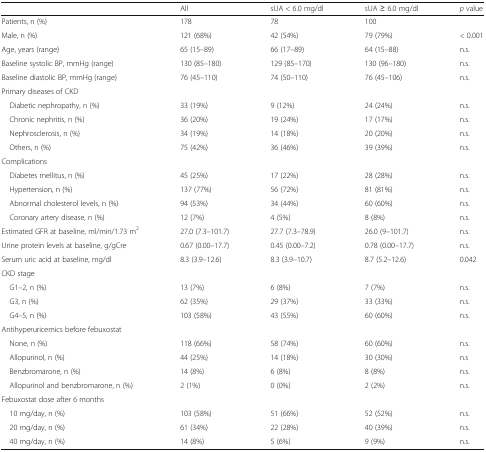
<table><thead><tr><td></td><td><b>All</b></td><td><b>sUA &lt; 6.0 mg/dl</b></td><td><b>sUA ≥ 6.0 mg/dl</b></td><td><b><i>p</i> value</b></td></tr></thead><tbody><tr><td>Patients, n (%)</td><td>178</td><td>78</td><td>100</td><td></td></tr><tr><td>Male, n (%)</td><td>121 (68%)</td><td>42 (54%)</td><td>79 (79%)</td><td>&lt; 0.001</td></tr><tr><td>Age, years (range)</td><td>65 (15–89)</td><td>66 (17–89)</td><td>64 (15–88)</td><td>n.s.</td></tr><tr><td>Baseline systolic BP, mmHg (range)</td><td>130 (85–180)</td><td>129 (85–170)</td><td>130 (96–180)</td><td>n.s.</td></tr><tr><td>Baseline diastolic BP, mmHg (range)</td><td>76 (45–110)</td><td>74 (50–110)</td><td>76 (45–106)</td><td>n.s.</td></tr><tr><td colspan="5">Primary diseases of CKD</td></tr><tr><td> Diabetic nephropathy, n (%)</td><td>33 (19%)</td><td>9 (12%)</td><td>24 (24%)</td><td>n.s.</td></tr><tr><td> Chronic nephritis, n (%)</td><td>36 (20%)</td><td>19 (24%)</td><td>17 (17%)</td><td>n.s.</td></tr><tr><td> Nephrosclerosis, n (%)</td><td>34 (19%)</td><td>14 (18%)</td><td>20 (20%)</td><td>n.s.</td></tr><tr><td> Others, n (%)</td><td>75 (42%)</td><td>36 (46%)</td><td>39 (39%)</td><td>n.s.</td></tr><tr><td colspan="5">Complications</td></tr><tr><td> Diabetes mellitus, n (%)</td><td>45 (25%)</td><td>17 (22%)</td><td>28 (28%)</td><td>n.s.</td></tr><tr><td> Hypertension, n (%)</td><td>137 (77%)</td><td>56 (72%)</td><td>81 (81%)</td><td>n.s.</td></tr><tr><td> Abnormal cholesterol levels, n (%)</td><td>94 (53%)</td><td>34 (44%)</td><td>60 (60%)</td><td>n.s.</td></tr><tr><td> Coronary artery disease, n (%)</td><td>12 (7%)</td><td>4 (5%)</td><td>8 (8%)</td><td>n.s.</td></tr><tr><td>Estimated GFR at baseline, ml/min/1.73 m<sup>2</sup></td><td>27.0 (7.3–101.7)</td><td>27.7 (7.3–78.9)</td><td>26.0 (9–101.7)</td><td>n.s.</td></tr><tr><td>Urine protein levels at baseline, g/gCre</td><td>0.67 (0.00–17.7)</td><td>0.45 (0.00–7.2)</td><td>0.78 (0.00–17.7)</td><td>n.s.</td></tr><tr><td>Serum uric acid at baseline, mg/dl</td><td>8.3 (3.9–12.6)</td><td>8.3 (3.9–10.7)</td><td>8.7 (5.2–12.6)</td><td>0.042</td></tr><tr><td colspan="5">CKD stage</td></tr><tr><td> G1–2, n (%)</td><td>13 (7%)</td><td>6 (8%)</td><td>7 (7%)</td><td>n.s.</td></tr><tr><td> G3, n (%)</td><td>62 (35%)</td><td>29 (37%)</td><td>33 (33%)</td><td>n.s.</td></tr><tr><td> G4–5, n (%)</td><td>103 (58%)</td><td>43 (55%)</td><td>60 (60%)</td><td>n.s.</td></tr><tr><td colspan="5">Antihyperuricemics before febuxostat</td></tr><tr><td> None, n (%)</td><td>118 (66%)</td><td>58 (74%)</td><td>60 (60%)</td><td>n.s.</td></tr><tr><td> Allopurinol, n (%)</td><td>44 (25%)</td><td>14 (18%)</td><td>30 (30%)</td><td>n.s</td></tr><tr><td> Benzbromarone, n (%)</td><td>14 (8%)</td><td>6 (8%)</td><td>8 (8%)</td><td>n.s.</td></tr><tr><td> Allopurinol and benzbromarone, n (%)</td><td>2 (1%)</td><td>0 (0%)</td><td>2 (2%)</td><td>n.s.</td></tr><tr><td colspan="5">Febuxostat dose after 6 months</td></tr><tr><td> 10 mg/day, n (%)</td><td>103 (58%)</td><td>51 (66%)</td><td>52 (52%)</td><td>n.s.</td></tr><tr><td> 20 mg/day, n (%)</td><td>61 (34%)</td><td>22 (28%)</td><td>40 (39%)</td><td>n.s.</td></tr><tr><td> 40 mg/day, n (%)</td><td>14 (8%)</td><td>5 (6%)</td><td>9 (9%)</td><td>n.s.</td></tr></tbody></table>